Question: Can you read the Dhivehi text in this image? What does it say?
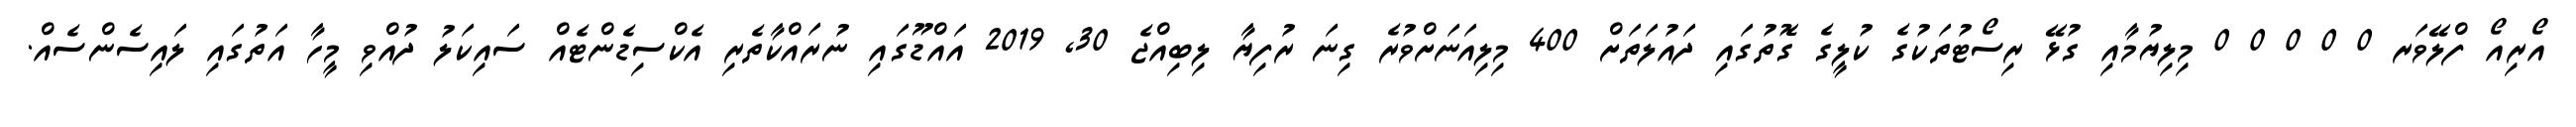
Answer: އޯރިއޯ ފްލޭވަރ 0 0 0 0 0 މިލިޔުމާއި ގުޅޭ ރިސޯޓުތަކުގެ ކުލީގެ ގޮތުގައި ދައުލަތަށް 400 މިލިއަނަށްވުރެ ގިނަ ރުފިޔާ ލިބިއްޖެ 30, 2019 އައްޑޫގައި ނުރައްކާތެރި އެކްސިޑެންޓެއް ސައިކަލު ދުއްވި މީހާ އަތުގައި ލައިސެންސެއް.